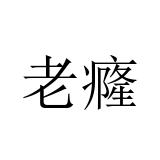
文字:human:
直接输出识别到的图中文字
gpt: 老癃